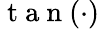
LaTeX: \mathrm{~t~a~n~}(\cdot)